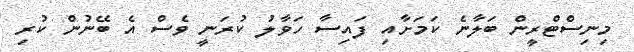
މިނިސްޓްރީން ބަލާނެ ކަމަށާއި ފައިސާ ހަވާލު ކުރަނީ ވެސް އެ ބޭނުން ކުރި